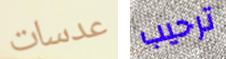
عدسات ترحيب